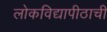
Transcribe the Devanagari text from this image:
लोकविद्यापीठाची